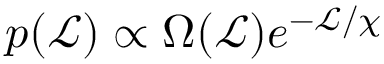
p ( \mathcal { L } ) \propto \Omega ( \mathcal { L } ) e ^ { - \mathcal { L } / \chi }